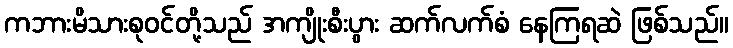
ကဘားမိသားစုဝင်တို့သည် အကျိုးစီးပွား ဆက်လက်စံ နေကြရဆဲ ဖြစ်သည်။